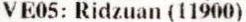
VE05: RIDZUAN (11900)